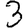
Digit: 3